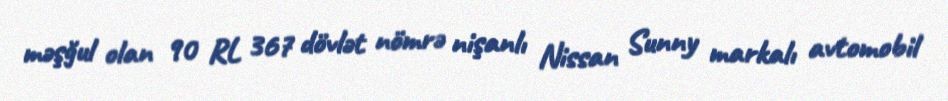
mәşğul olan 90 RL 367 dövlət nömrə nişanlı Nissan Sunny markalı avtomobil